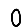
Digit: 0